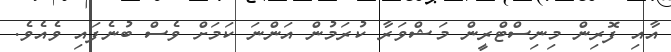
އާއި ފޮރިން މިނިސްޓްރީން މަޝްވަރާ ކުރަމުން އަންނަ ކަމަށް ވެސް ބުނެފައި ވެއެވެ.